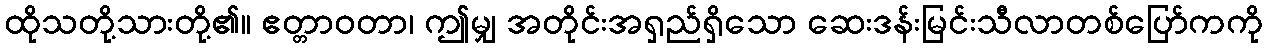
ထိုသတို့သားတို့၏။ ဧတ္တာဝတာ၊ ဤမျှ အတိုင်းအရှည်ရှိသော ဆေးဒန်းမြင်းသီလာတစ်ပြော်ကကို